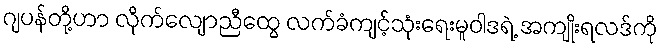
ဂျပန်တို့ဟာ လိုက်လျောညီထွေ လက်ခံကျင့်သုံးရေးမူဝါဒရဲ့ အကျိုးရလဒ်ကို